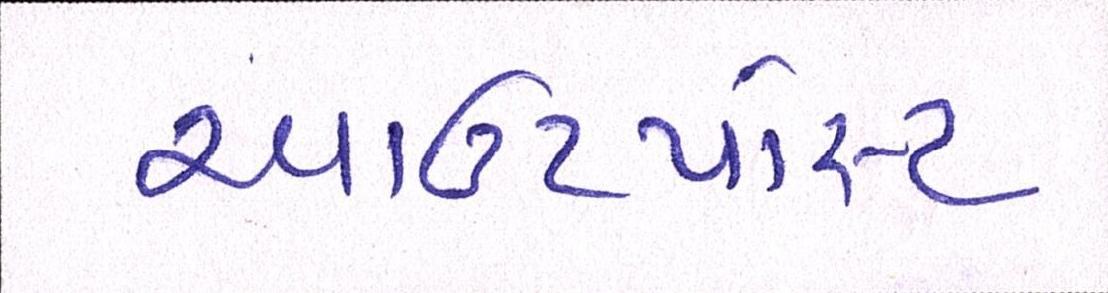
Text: આઉટપોસ્ટ